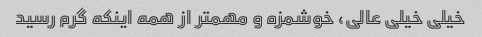
خیلی خیلی عالی، خوشمزه و مهمتر از همه اینکه گرم رسید